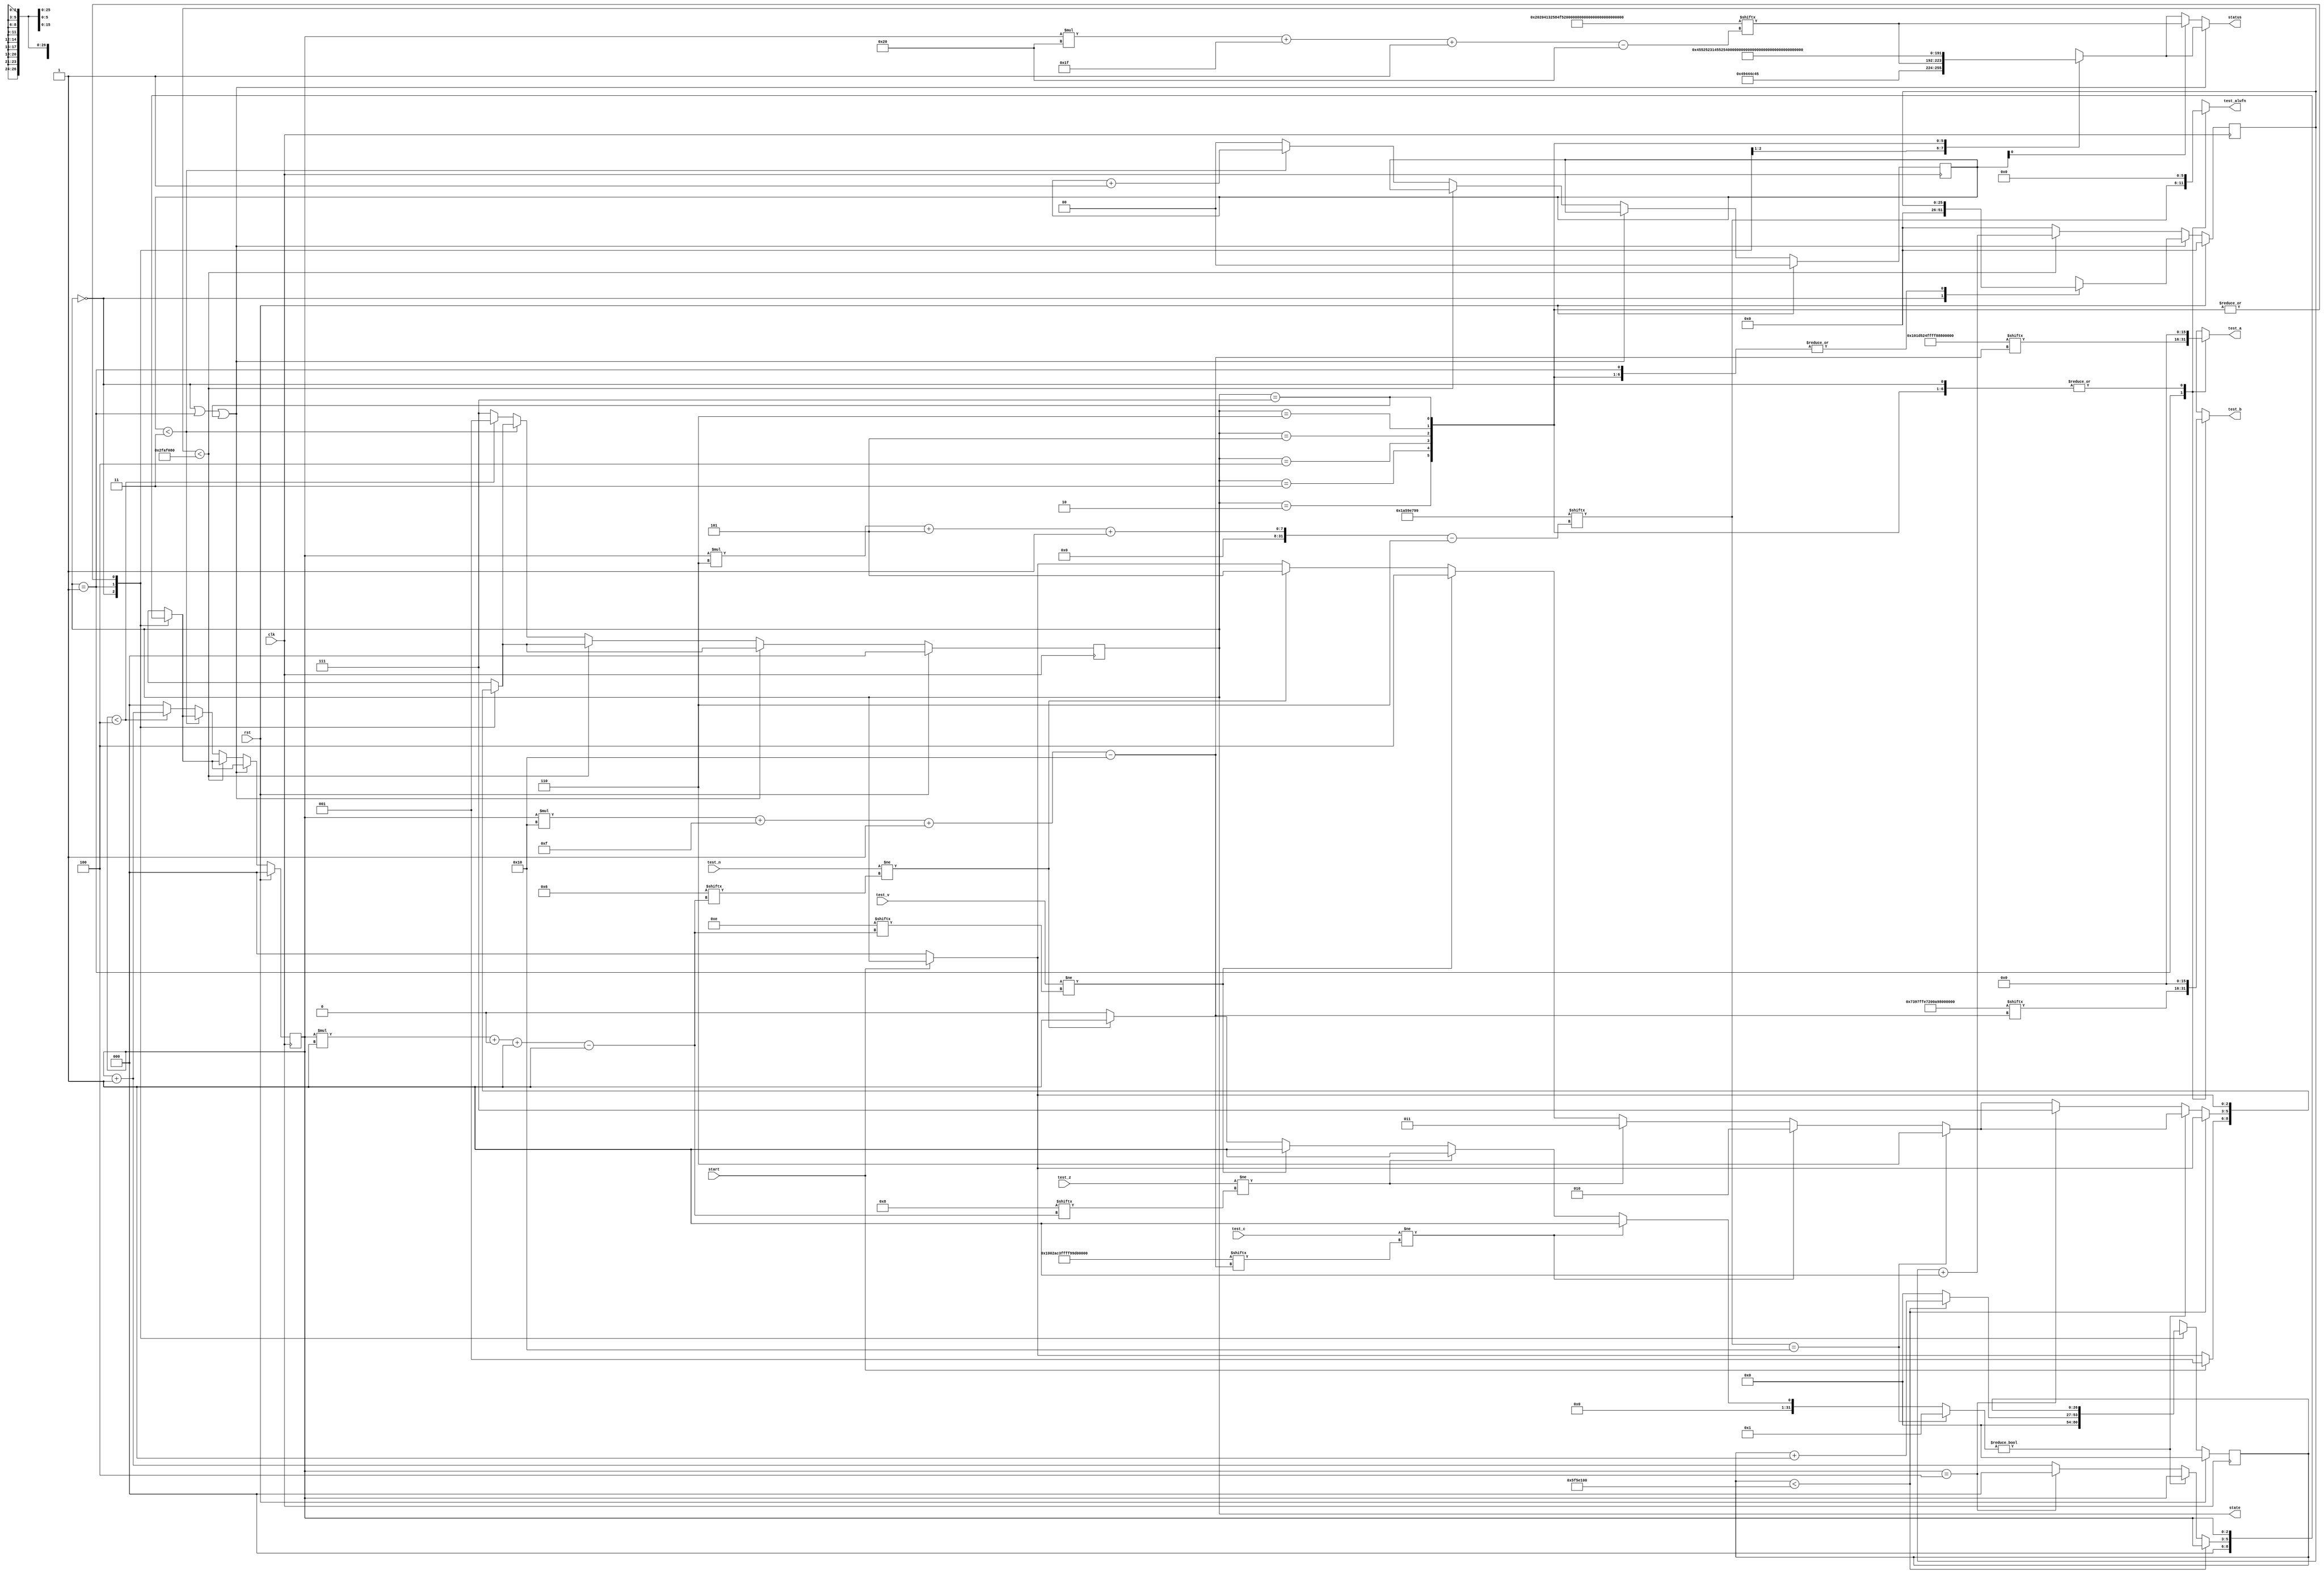
/*
   This file was generated automatically by the Mojo IDE version B1.3.6.
   Do not edit this file directly. Instead edit the original Lucid source.
   This is a temporary file and any changes made to it will be destroyed.
*/

/*
   Parameters:
     NUM_TEST_CASES = 5
     TEST_NAME = TestCasesROM.BOOLEAN_FAIL_NAME
     TEST_A = TestCasesROM.BOOLEAN_FAIL_A
     TEST_B = TestCasesROM.BOOLEAN_FAIL_B
     TEST_ALUFN = TestCasesROM.BOOLEAN_FAIL_ALUFN
     TEST_C = TestCasesROM.BOOLEAN_FAIL_C
     TEST_Z = TestCasesROM.BOOLEAN_FAIL_Z
     TEST_V = TestCasesROM.BOOLEAN_FAIL_V
     TEST_N = TestCasesROM.BOOLEAN_FAIL_N
     INVALID_ALUFN = TestCasesROM.BOOLEAN_INVALID_ALUFN
     BYPASS_FAIL = 1
     NUM_TEST_SECS = 2
     NUM_FAIL_SECS = 1
     NUM_FAIL_BLINKS = 2
*/
module tester_16 (
    input clk,
    input rst,
    input start,
    input [15:0] test_c,
    input test_z,
    input test_v,
    input test_n,
    output reg [15:0] test_a,
    output reg [15:0] test_b,
    output reg [5:0] test_alufn,
    output reg [2:0] state,
    output reg [31:0] status
  );
  
  localparam NUM_TEST_CASES = 3'h5;
  localparam TEST_NAME = 160'h20204132584f5232204f5232204f5231414e4431;
  localparam TEST_A = 80'h0101d524ffff88804789;
  localparam TEST_B = 80'h7397ffe7200a99491a0e;
  localparam TEST_ALUFN = 30'h1a59e799;
  localparam TEST_C = 80'h01002ac3ffff99c90208;
  localparam TEST_Z = 5'h08;
  localparam TEST_V = 5'h0e;
  localparam TEST_N = 5'h06;
  localparam INVALID_ALUFN = 66'h1f5dd6dc6554d2450;
  localparam BYPASS_FAIL = 1'h1;
  localparam NUM_TEST_SECS = 2'h2;
  localparam NUM_FAIL_SECS = 1'h1;
  localparam NUM_FAIL_BLINKS = 2'h2;
  
  
  localparam NUM_TEST_TIMER_CYCLES = 28'h5f5e100;
  
  localparam NUM_FAIL_TIMER_CYCLES = 26'h2faf080;
  
  reg [31:0] next_status;
  
  integer i;
  
  integer failed;
  
  reg [26:0] M_display_test_timer_d, M_display_test_timer_q = 1'h0;
  reg [25:0] M_display_fail_timer_d, M_display_fail_timer_q = 1'h0;
  reg [1:0] M_fail_blink_ctr_d, M_fail_blink_ctr_q = 1'h0;
  reg [2:0] M_tester_ctr_d, M_tester_ctr_q = 1'h0;
  localparam IDLE_tester_state = 3'd0;
  localparam TEST_tester_state = 3'd1;
  localparam FAIL_C_tester_state = 3'd2;
  localparam FAIL_Z_tester_state = 3'd3;
  localparam FAIL_V_tester_state = 3'd4;
  localparam FAIL_N_tester_state = 3'd5;
  localparam FAIL_ALUFN_tester_state = 3'd6;
  localparam DONE_tester_state = 3'd7;
  
  reg [2:0] M_tester_state_d, M_tester_state_q = IDLE_tester_state;
  
  always @* begin
    M_tester_state_d = M_tester_state_q;
    M_display_fail_timer_d = M_display_fail_timer_q;
    M_display_test_timer_d = M_display_test_timer_q;
    M_fail_blink_ctr_d = M_fail_blink_ctr_q;
    M_tester_ctr_d = M_tester_ctr_q;
    
    status = 32'h00000000;
    test_a = 1'h0;
    test_b = 1'h0;
    test_alufn = 1'h0;
    if (!start) begin
      M_tester_state_d = IDLE_tester_state;
    end
    state = M_tester_state_q;
    next_status = 32'h4e554c4c;
    
    case (M_tester_state_q)
      IDLE_tester_state: begin
        M_display_test_timer_d = 1'h0;
        M_display_fail_timer_d = 1'h0;
        M_tester_ctr_d = 1'h0;
        next_status = 32'h49444c45;
        if (start) begin
          M_tester_state_d = TEST_tester_state;
        end
      end
      TEST_tester_state: begin
        next_status = TEST_NAME[(M_tester_ctr_q)*32+31-:32];
        test_a = TEST_A[(M_tester_ctr_q)*16+15-:16];
        test_b = TEST_B[(M_tester_ctr_q)*16+15-:16];
        test_alufn = TEST_ALUFN[(M_tester_ctr_q)*6+5-:6];
        if (M_display_test_timer_q < 28'h5f5e100) begin
          M_display_test_timer_d = M_display_test_timer_q + 1'h1;
        end else begin
          M_display_test_timer_d = 1'h0;
          failed = 1'h0;
          if (test_c != TEST_C[(M_tester_ctr_q)*16+15-:16]) begin
            failed = 1'h1;
            M_tester_state_d = FAIL_C_tester_state;
          end else begin
            if (test_z != TEST_Z[(M_tester_ctr_q)*1+0-:1]) begin
              failed = 1'h1;
              M_tester_state_d = FAIL_Z_tester_state;
            end else begin
              if (test_v != TEST_V[(M_tester_ctr_q)*1+0-:1]) begin
                failed = 1'h1;
                M_tester_state_d = FAIL_V_tester_state;
              end else begin
                if (test_n != TEST_N[(M_tester_ctr_q)*1+0-:1]) begin
                  failed = 1'h1;
                  M_tester_state_d = FAIL_N_tester_state;
                end
              end
            end
          end
          for (i = 1'h0; i < 3'h1; i = i + 1) begin
            if (TEST_ALUFN[(M_tester_ctr_q)*6+5-:6] == INVALID_ALUFN[(i)*6+5-:6]) begin
              failed = 1'h1;
              M_tester_state_d = FAIL_ALUFN_tester_state;
            end
          end
          if (failed) begin
            failed = 1'h0;
          end else begin
            if (M_tester_ctr_q == 4'h4) begin
              M_tester_state_d = DONE_tester_state;
              M_tester_ctr_d = 1'h0;
            end else begin
              M_tester_ctr_d = M_tester_ctr_q + 1'h1;
            end
          end
        end
      end
      FAIL_C_tester_state: begin
        next_status = 32'h45525231;
      end
      FAIL_Z_tester_state: begin
        next_status = 32'h45525232;
      end
      FAIL_V_tester_state: begin
        next_status = 32'h45525233;
      end
      FAIL_N_tester_state: begin
        next_status = 32'h45525234;
      end
      FAIL_ALUFN_tester_state: begin
        next_status = 32'h45525235;
      end
      DONE_tester_state: begin
        next_status = 32'h444f4e45;
      end
    endcase
    if (M_tester_state_q == IDLE_tester_state | M_tester_state_q == TEST_tester_state | M_tester_state_q == DONE_tester_state) begin
      status = next_status;
    end else begin
      if (~M_fail_blink_ctr_q[0+0-:1]) begin
        status = next_status;
      end else begin
        status = TEST_NAME[(M_tester_ctr_q)*32+31-:32];
      end
      if (M_display_fail_timer_q < 26'h2faf080) begin
        M_display_fail_timer_d = M_display_fail_timer_q + 1'h1;
      end else begin
        M_display_fail_timer_d = 1'h0;
        if (1'h0) begin
          M_fail_blink_ctr_d = M_fail_blink_ctr_q + 1'h1;
        end else begin
          if (M_fail_blink_ctr_q < 5'h03) begin
            M_fail_blink_ctr_d = M_fail_blink_ctr_q + 1'h1;
          end else begin
            M_fail_blink_ctr_d = 1'h0;
            if (M_tester_ctr_q < 4'h4) begin
              M_tester_state_d = TEST_tester_state;
              M_tester_ctr_d = M_tester_ctr_q + 1'h1;
            end else begin
              M_tester_state_d = DONE_tester_state;
              M_tester_ctr_d = 1'h0;
            end
          end
        end
      end
    end
  end
  
  always @(posedge clk) begin
    if (rst == 1'b1) begin
      M_display_test_timer_q <= 1'h0;
      M_display_fail_timer_q <= 1'h0;
      M_fail_blink_ctr_q <= 1'h0;
      M_tester_ctr_q <= 1'h0;
      M_tester_state_q <= 1'h0;
    end else begin
      M_display_test_timer_q <= M_display_test_timer_d;
      M_display_fail_timer_q <= M_display_fail_timer_d;
      M_fail_blink_ctr_q <= M_fail_blink_ctr_d;
      M_tester_ctr_q <= M_tester_ctr_d;
      M_tester_state_q <= M_tester_state_d;
    end
  end
  
endmodule